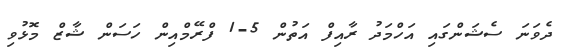
ދެވަނަ ސެޝަންގައި އަހްމަދު ރާއިފް އަތުން 5-1 ފްރޭމްއިން ހަސަން ޝާޒް މޮޅުވި